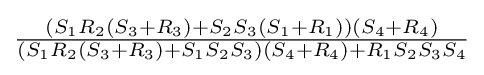
{\tfrac {(S_{1}R_{2}(S_{3}+R_{3})+S_{2}S_{3}(S_{1}+R_{1}))(S_{4}+R_{4})}{(S_{1}R_{2}(S_{3}+R_{3})+S_{1}S_{2}S_{3})(S_{4}+R_{4})+R_{1}S_{2}S_{3}S_{4}}}